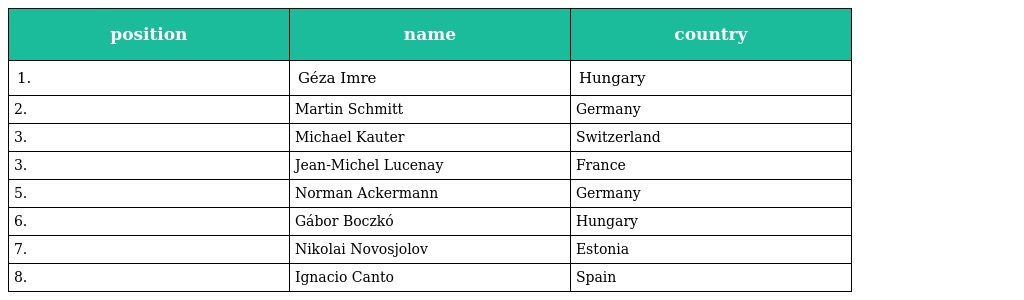
| position | name | country |
 | --- | --- | --- |
 | 1. | Géza Imre | Hungary |
 | 2. | Martin Schmitt | Germany |
 | 3. | Michael Kauter | Switzerland |
 | 3. | Jean-Michel Lucenay | France |
 | 5. | Norman Ackermann | Germany |
 | 6. | Gábor Boczkó | Hungary |
 | 7. | Nikolai Novosjolov | Estonia |
 | 8. | Ignacio Canto | Spain |